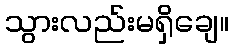
သွားလည်းမရှိချေ။